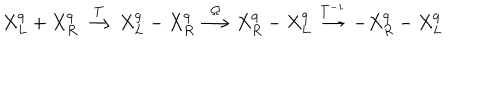
X _ { L } ^ { 9 } + X _ { R } ^ { 9 } \stackrel { T } { \longrightarrow } X _ { L } ^ { 9 } - X _ { R } ^ { 9 } \stackrel { \Omega } { \longrightarrow } X _ { R } ^ { 9 } - X _ { L } ^ { 9 } \stackrel { T ^ { - 1 } } { \longrightarrow } - X _ { R } ^ { 9 } - X _ { L } ^ { 9 }